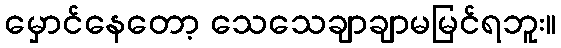
မှောင်နေတော့ သေသေချာချာမမြင်ရဘူး။